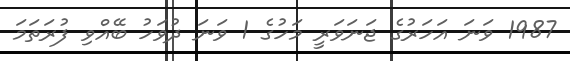
1987 ވަނަ އަހަރުގެ ޖަނަވަރީ މަހުގެ 1 ވަނަ ދުވަހު ބޭއްވި ފުރަތަމަ